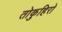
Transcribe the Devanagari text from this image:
तोकुहिरो